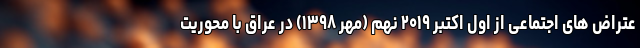
عتراض‌ های اجتماعی از اول اکتبر ۲۰۱۹ نهم (مهر ۱۳۹۸) در عراق با محوریت